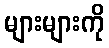
များများကို